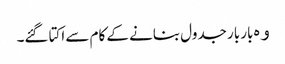
ﻭﮦ بار بار جدول بنانے کے کام سے اکتا گئے۔